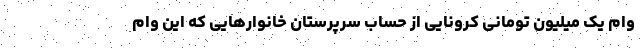
وام یک میلیون تومانی کرونایی از حساب سرپرستان خانوارهایی که این وام